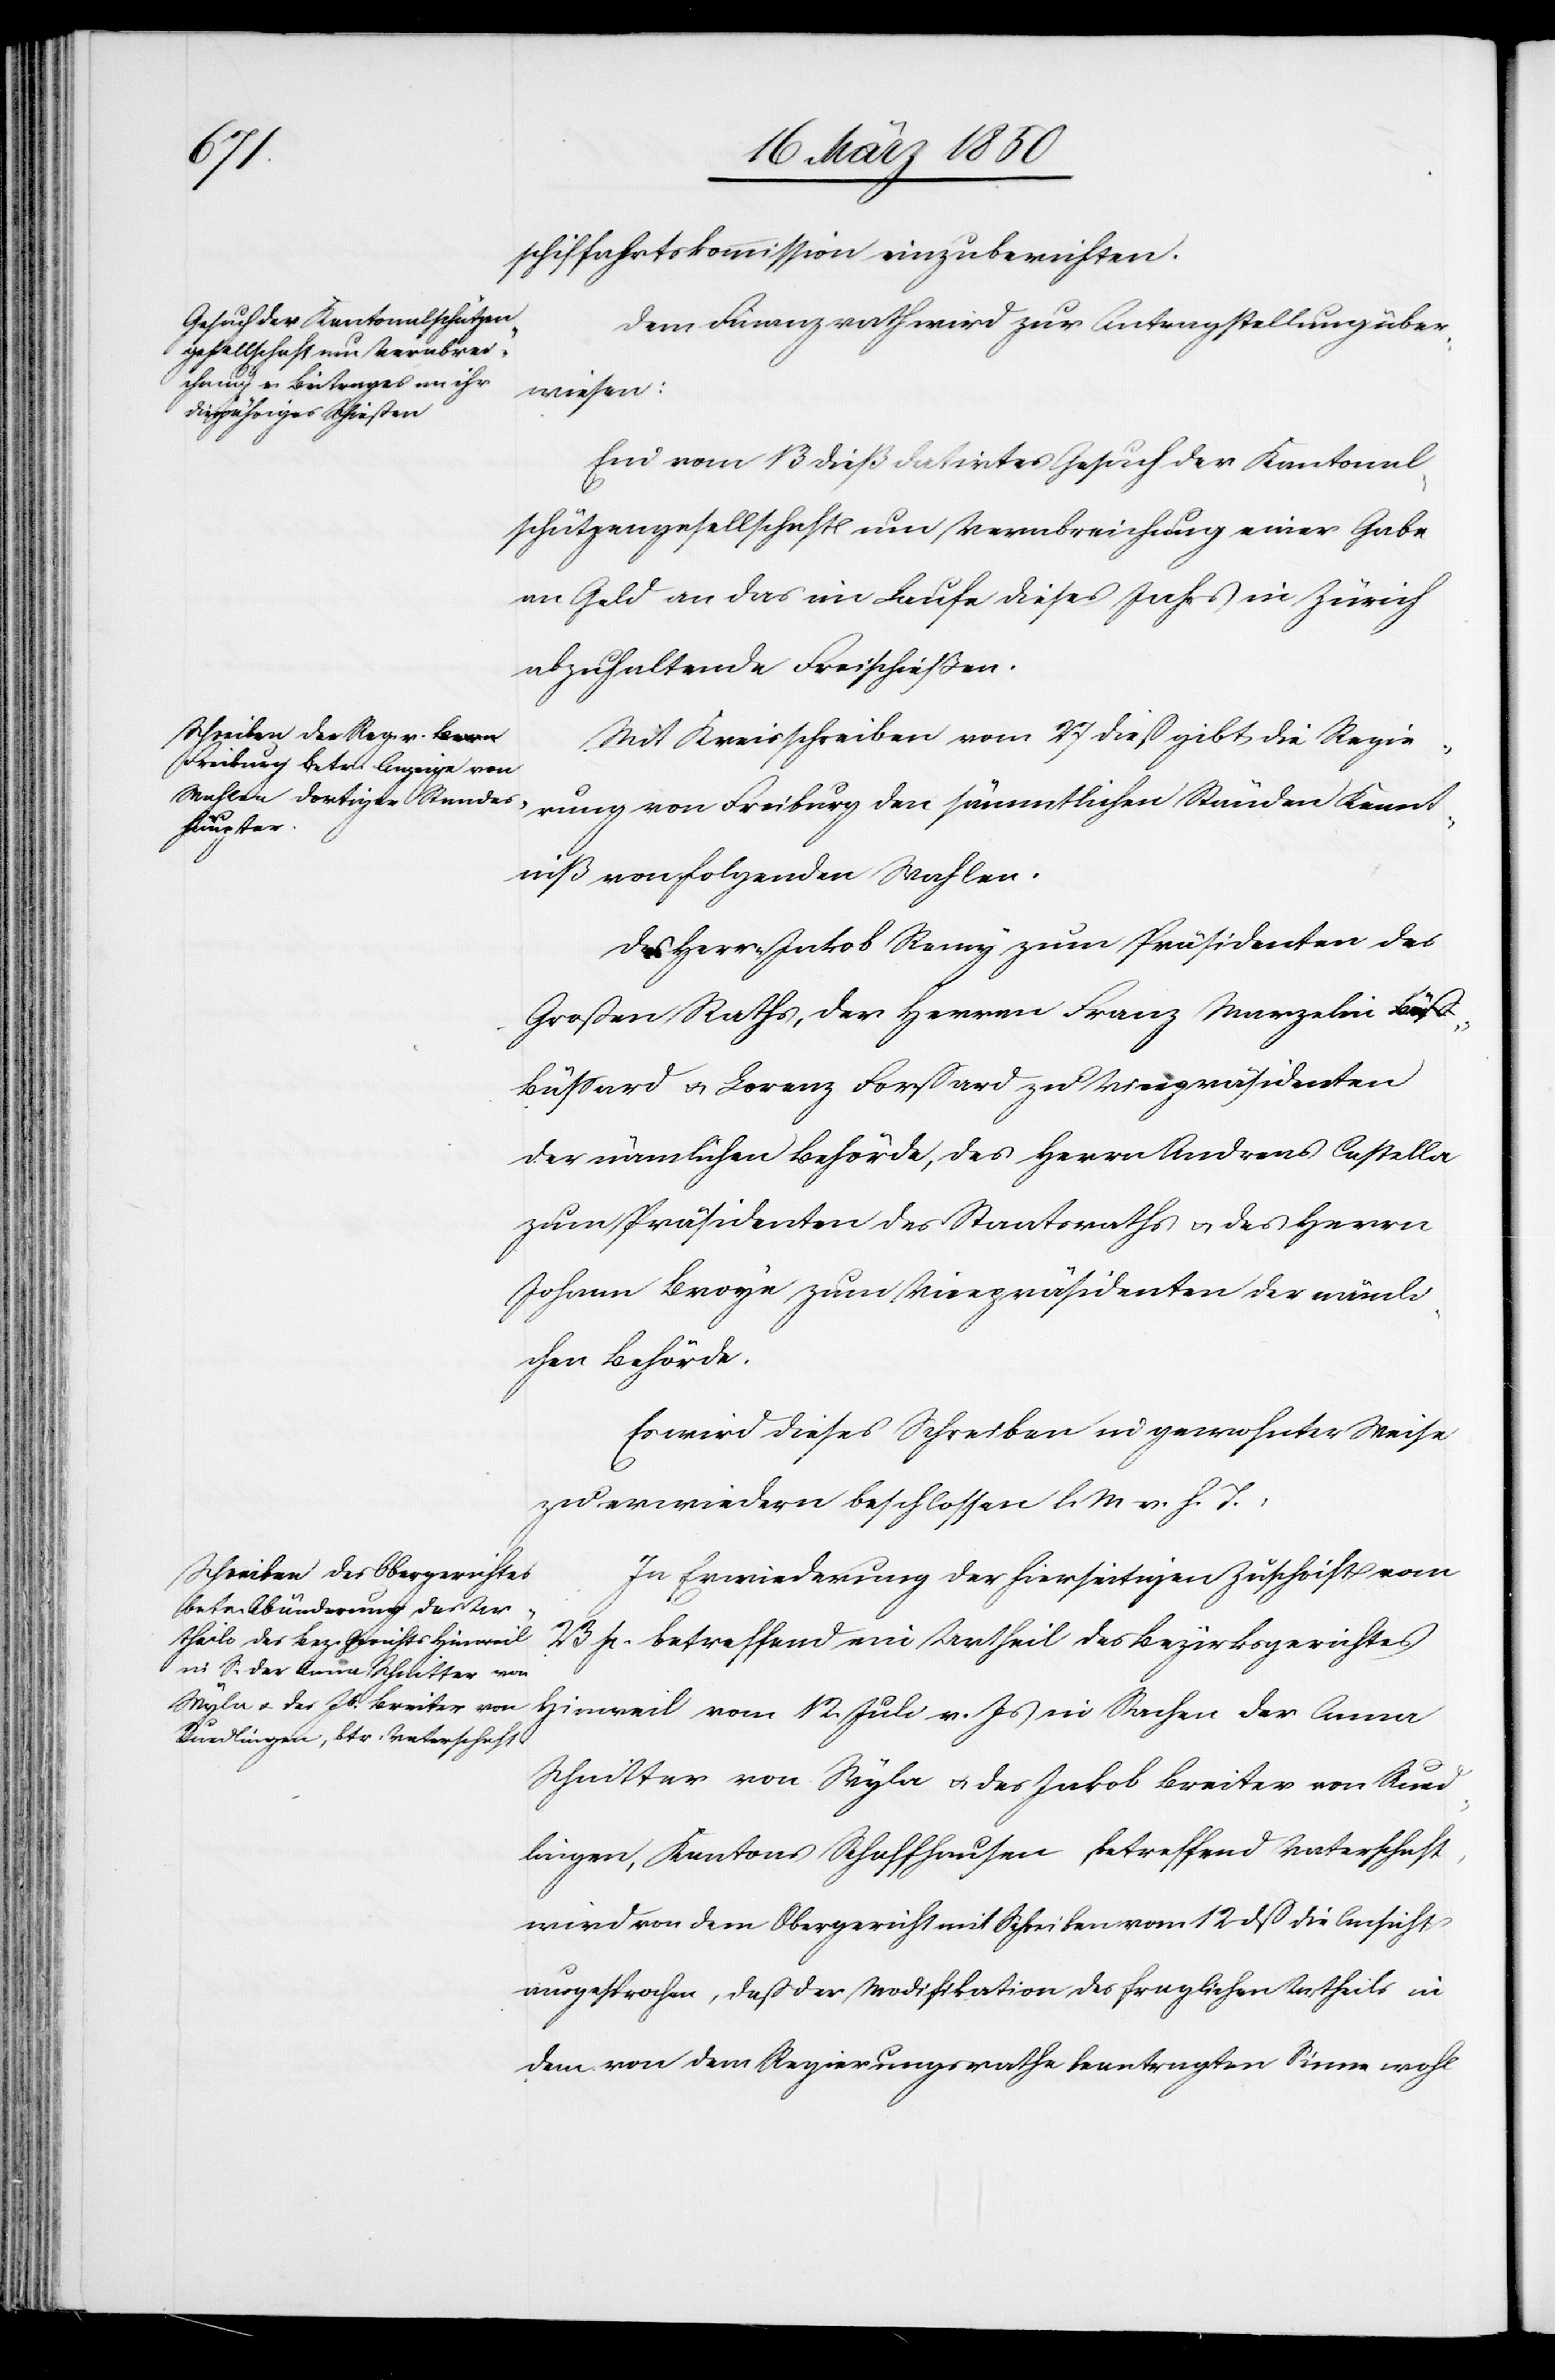
schiffahrtskommission einzuberichten.
Dem Finanzrath wird zur Antragstellung über¬
wiesen:
Ein vom 13 dieß datirtes Gesuch der Kantonal¬
schützengesellschaft um Verabreichung einer Gabe
an Geld an das im Laufe dieses Jahrs in Zürich
abzuhaltende Freischießen.
Mit Kreisschreiben vom 27 dieß gibt die Regie¬
Ständen
niß von folgenden Wahlen.
Des Herrn Jakob Remy zum Präsidenten des
Großen Raths, der Herren Franz Marzelni
Büspard u. Lorenz Forstard zu Vicepräsidenten
der nämlichen Behörde, des Herrn Andreas Castella
zum Präsidenten des Staatsraths u. des Herrn
Johann Broye zum Vicepräsidenten der nämli¬
chen Behörde.
Es wird dieses Schreiben in gewohnter Weise
zu erwiedern beschlossen l. M. v. h. T.
In Erwiederung der hierseitigen Zuschrift vom
23 p. betreffend ein Urtheil des Bezirksgerichtes
Kennt¬
Hinweil vom 12. Juli v. Js in Sachen der Anna
Schnitter von Wyla u. des Jakob Breiter von Rued¬
lingen, Kantons Schaffhausen, betreffend Vaterschaft,
wird von dem Obergericht mit Schreiben vom 12 dß die Ansicht
ausgesprochen, daß der Modifikation des fraglichen Urtheils in
dem von dem Regierungsrathe beantragten Sinne wohl